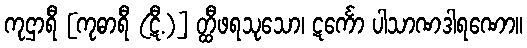
ကုဌာရီ [ကုဓာရီ (ဋီ.)] တ္ထီဖရသုသော၊ ဋင်္ကော ပါသာဏဒါရဏော။